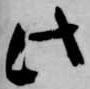
此